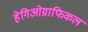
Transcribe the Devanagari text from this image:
हेगिओग्राफिकल